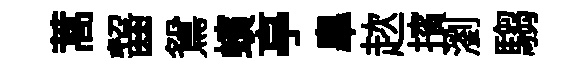
蒿齧鴛蠙亭臯趑擯瀏騶